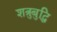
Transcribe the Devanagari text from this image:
शत्रुबुद्धि